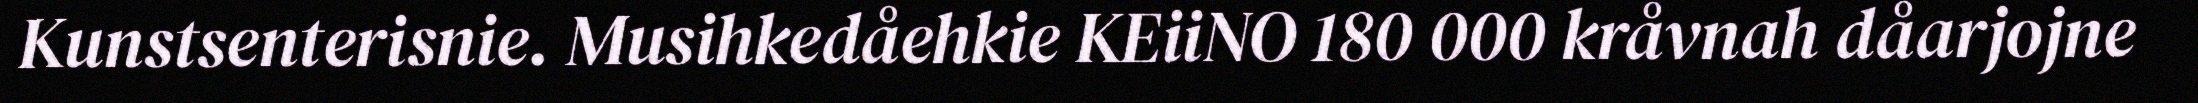
Kunstsenterisnie. Musihkedåehkie KEiiNO 180 000 kråvnah dåarjojne